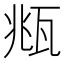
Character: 𤭈